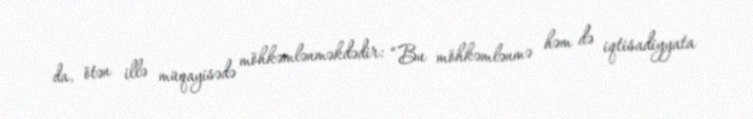
da, ötən illə müqayisədə möhkəmlənməkdədir: “Bu möhkəmlənmə həm də iqtisadiyyata